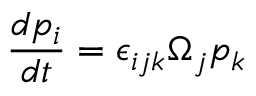
\frac { d p _ { i } } { d t } = \epsilon _ { i j k } \Omega _ { j } p _ { k }